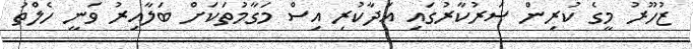
ޒުހޫރު މީގެ ކުރިން ސަރުކާރުގައި އަދާކުރި އިސް މަގާމުތަކަށް ބަލާއިރު ވަނީ ހެލްތު